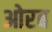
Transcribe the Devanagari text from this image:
ओरब